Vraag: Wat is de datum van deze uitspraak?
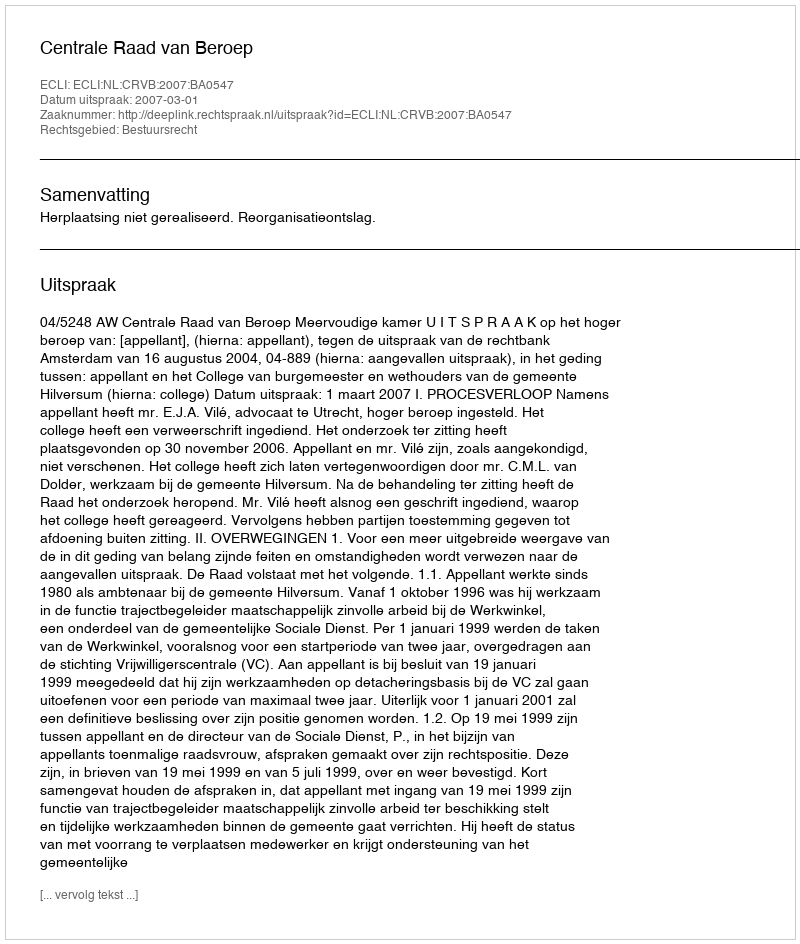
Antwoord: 2007-03-01